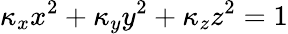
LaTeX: \kappa_{x}x^{2}+\kappa_{y}y^{2}+\kappa_{z}z^{2}=1